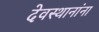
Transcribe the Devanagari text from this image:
देवस्थानांना